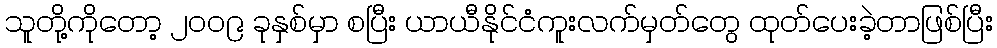
သူတို့ကိုတော့ ၂၀၀၉ ခုနှစ်မှာ စပြီး ယာယီနိုင်ငံကူးလက်မှတ်တွေ ထုတ်ပေးခဲ့တာဖြစ်ပြီး